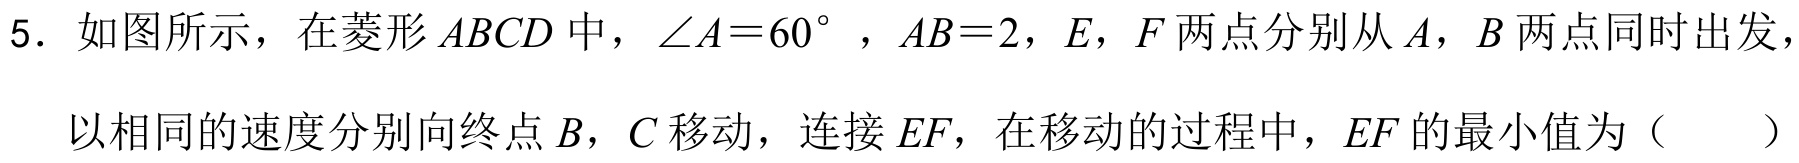
5. 如图所示，在菱形\(ABCD\)中，\(\angle A = 60^{\circ}\)，\(AB = 2\)，\(E\)，\(F\)两点分别从\(A\)，\(B\)两点同时出发，
以相同的速度分别向终点\(B\)，\(C\)移动，连接\(EF\)，在移动的过程中，\(EF\)的最小值为（  ）